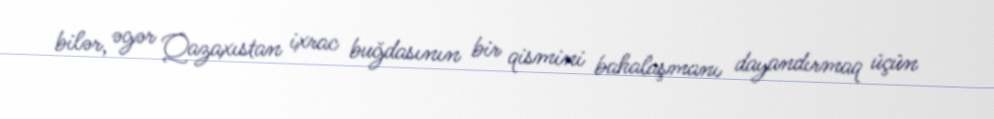
bilər, əgər Qazaxıstan ixrac buğdasının bir qismini bahalaşmanı dayandırmaq üçün